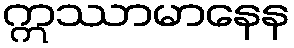
ဣဿာမာနေန